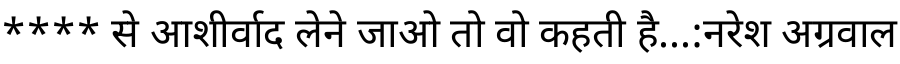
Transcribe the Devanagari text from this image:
**** से आशीर्वाद लेने जाओ तो वो कहती है...:नरेश अग्रवाल